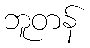
ဘူတန်